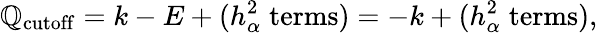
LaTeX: \mathbb{Q}_{\mathrm{{cutoff}}}=k-E+(h_{\alpha}^{2}\; \mathrm{{terms}})=-k+(h_{\alpha}^{2}\; \mathrm{{terms}}),